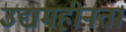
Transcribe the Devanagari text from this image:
उद्यमहीनता